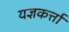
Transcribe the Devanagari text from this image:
यज्ञकर्त्ता